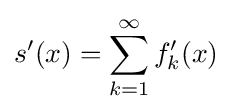
s'(x)=\sum _{k=1}^{\infty }f_{k}'(x)